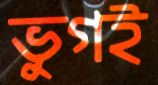
ভুগই